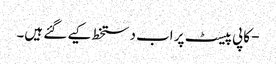
- کاپی پیسٹ پر اب دستخط کیے گئے ہیں۔